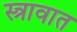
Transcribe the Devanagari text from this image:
स्त्रावात